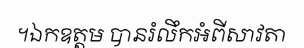
។ឯកឧត្តម បានរំលឹកអំពីសាវតា